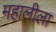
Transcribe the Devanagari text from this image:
महालीला